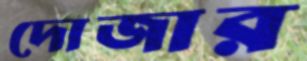
দোজার